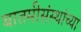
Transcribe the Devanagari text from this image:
बातमीसंस्थांच्या